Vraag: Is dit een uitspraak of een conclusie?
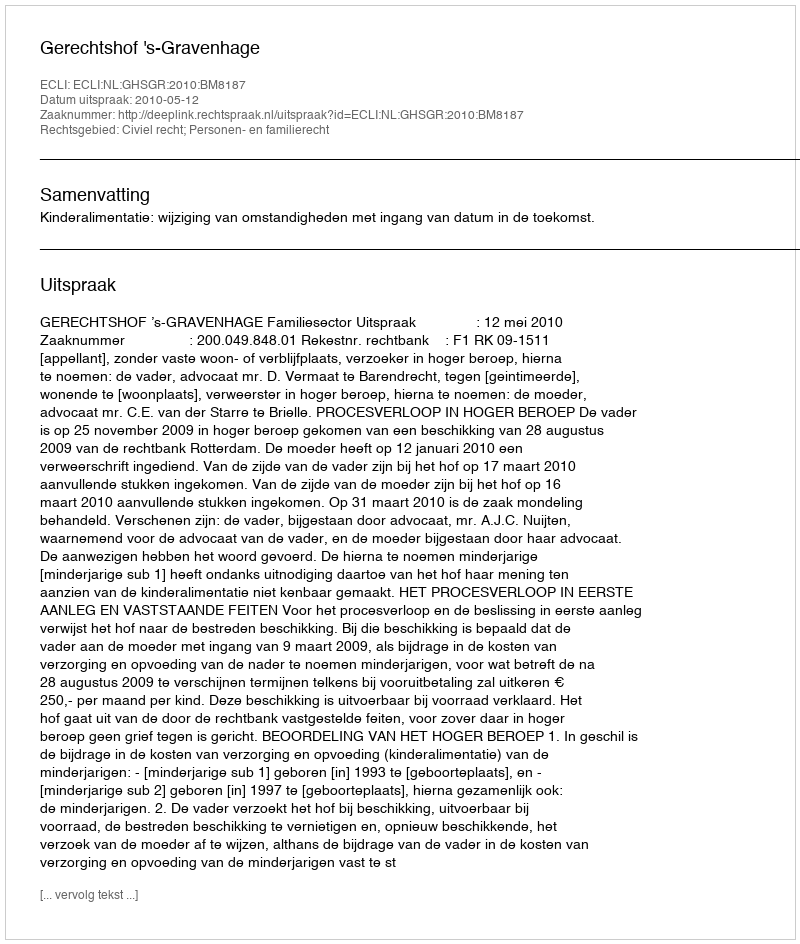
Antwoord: Uitspraak